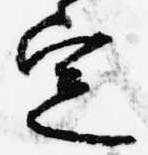
定